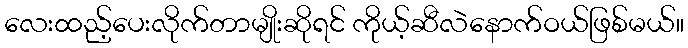
လေးထည့်ပေးလိုက်တာမျိုးဆိုရင် ကိုယ့်ဆီလဲနောက်ဝယ်ဖြစ်မယ်။